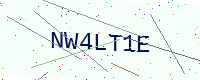
Text: NW4LT1E